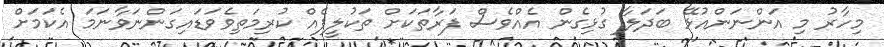
މިހާރު މި އަންނަންއުޅޭ ބަދަލާ ގުޅިގެން އެއްވެސް ފަރާތަކަށް ތަކުލީފެއް ކުރިމަތިވެވަޑައިގަންނަވާނަމަ އެކަމަށް